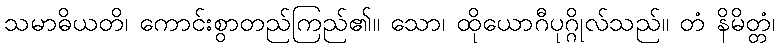
သမာဓိယတိ၊ ကောင်းစွာတည်ကြည်၏။ သော၊ ထိုယောဂီပုဂ္ဂိုလ်သည်။ တံ နိမိတ္တံ၊